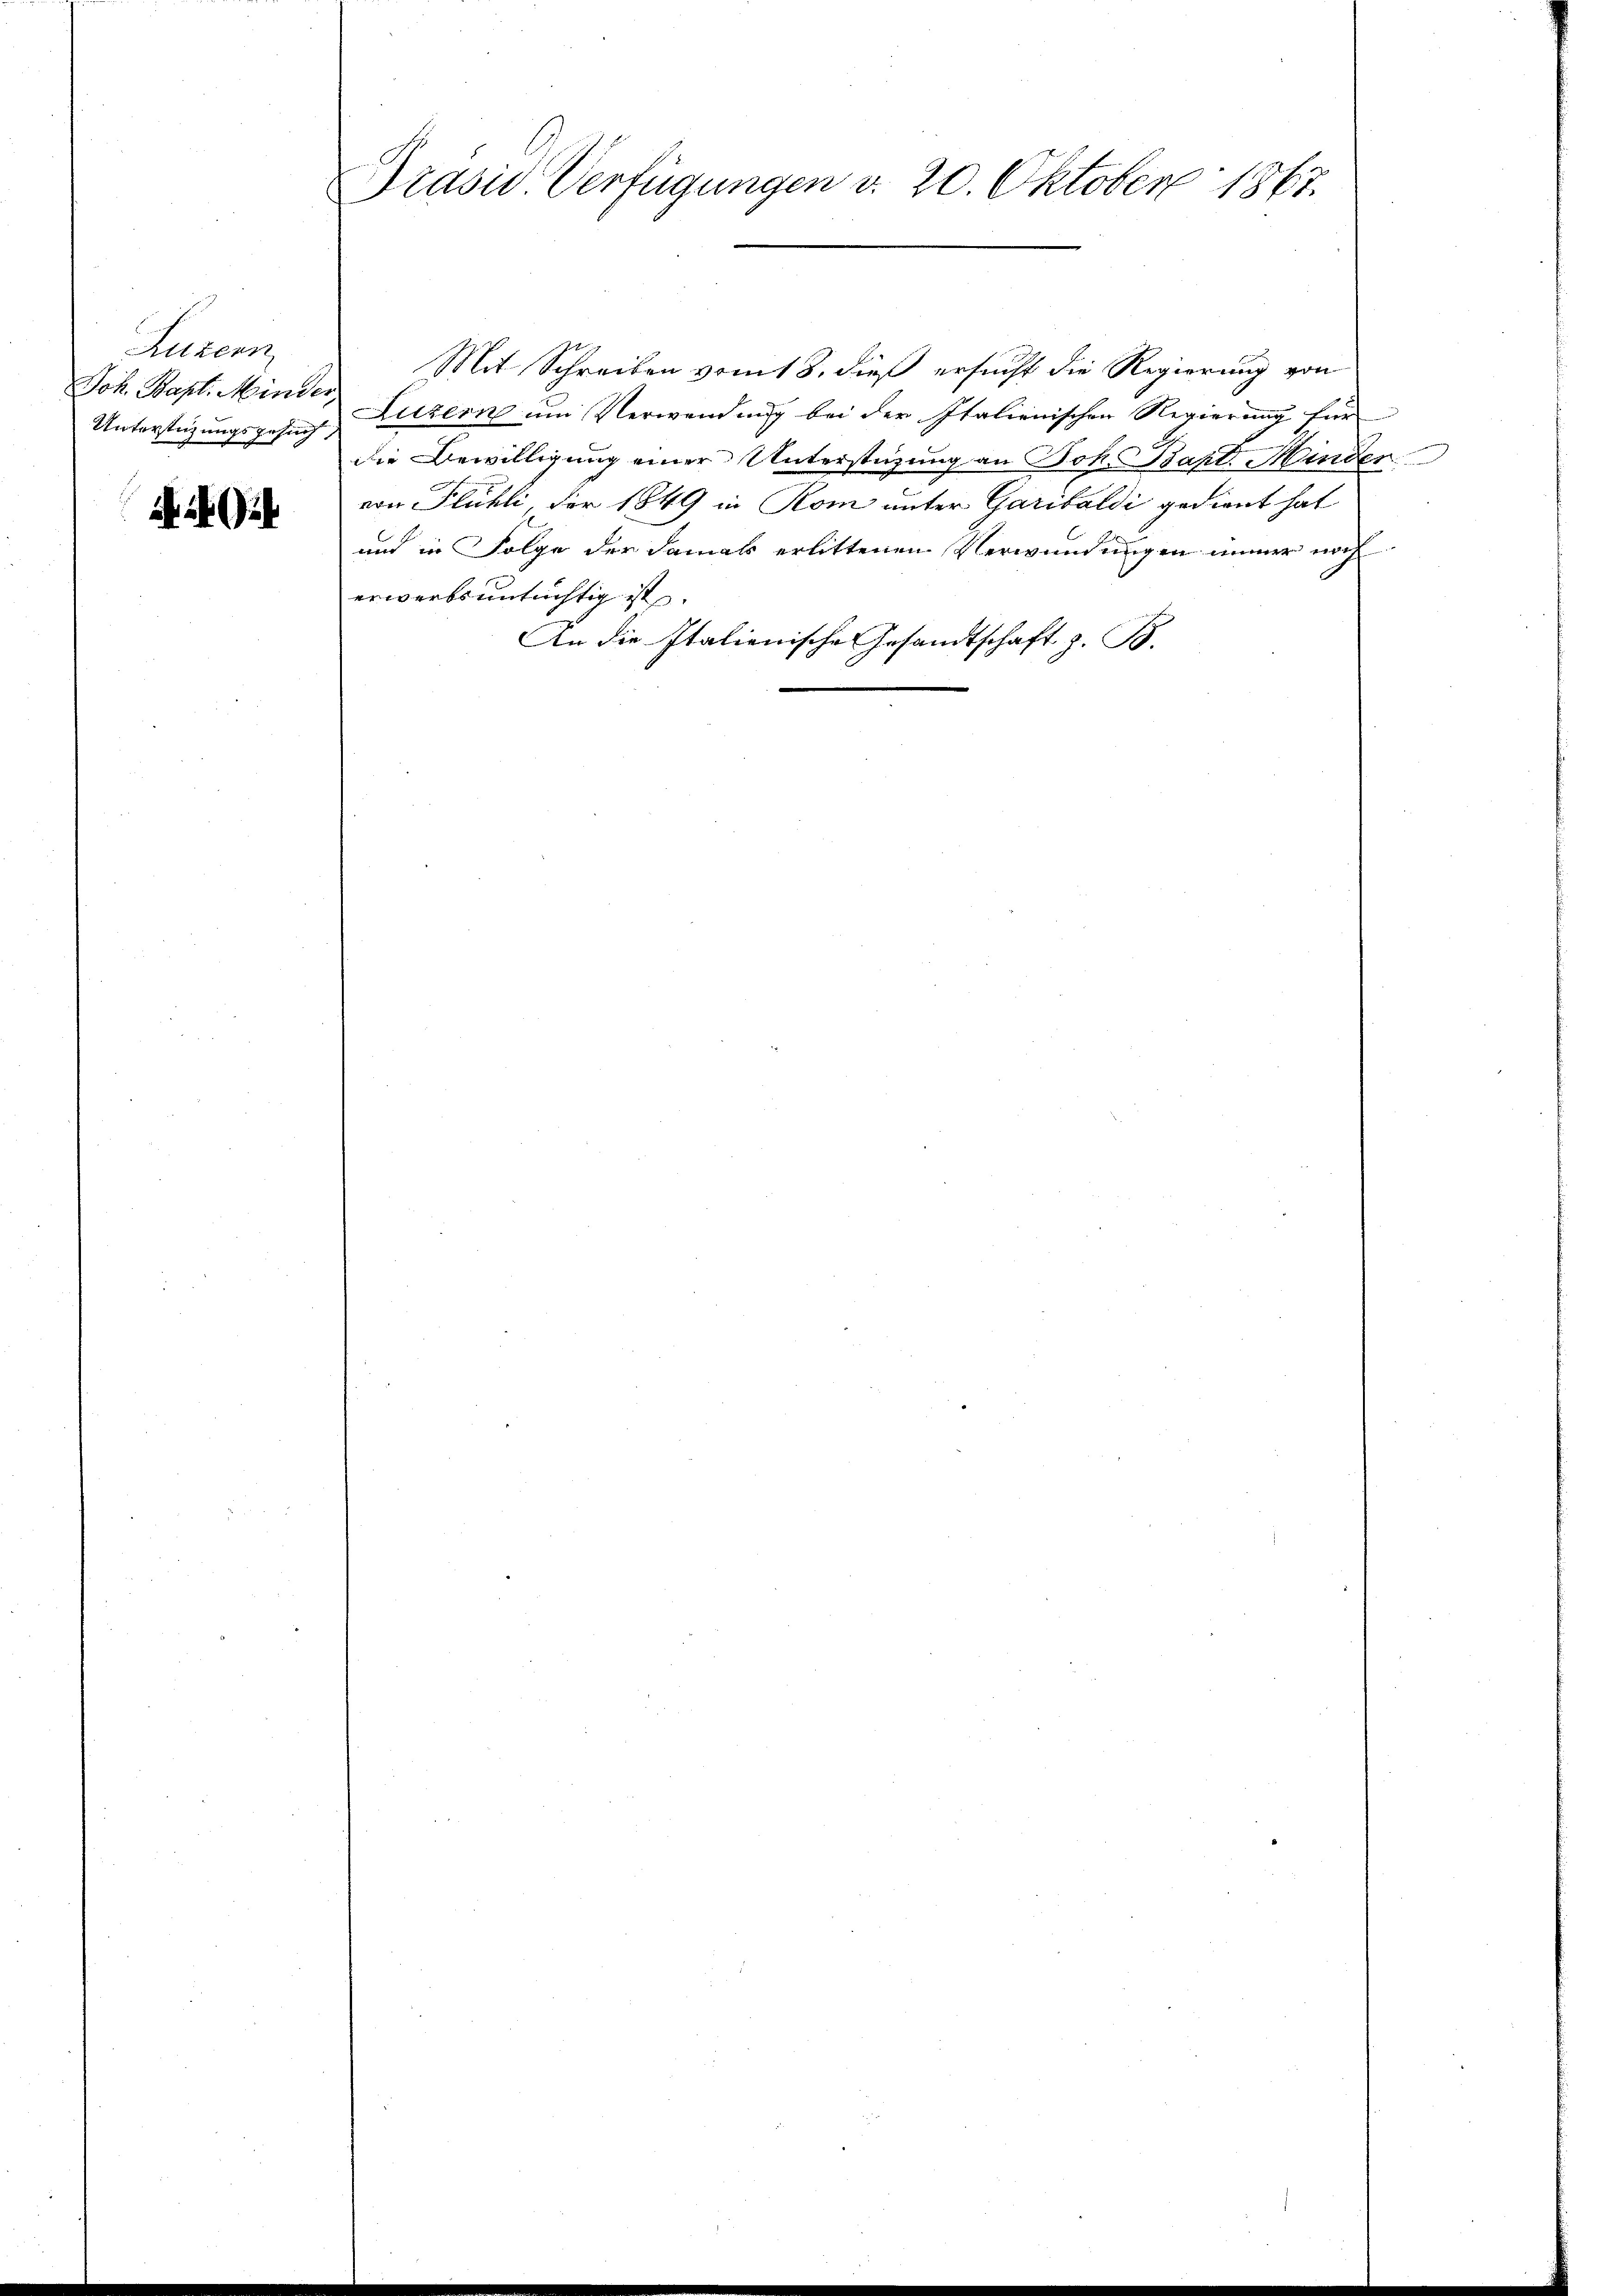
Auten
Joh. Bapt. Minder,
Unterstüzungsgesuch,

Präsid Verfügungen d. 20. Oktober 1867.

Mit Schreiben vom 18. dieß ersucht die Regierung von
Luzern um Verwendung bei der Italienischen Regierung für
die Bewilligung einer Unterstüzung an Joh. Bapt. Minder
von Flühli, der 1849 in Rom unter Garibaldi gedient hat
und in Folge der damals erlittenen Verwundungen immer noch
erwerbsuntüchtig ist.
An die Italienische Gesandtschaft z. B.